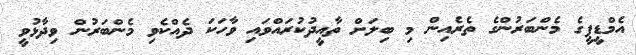
އެމްޑީޕީގެ މެންބަރުންގެ ތެރެއިން މި ބިލަށް ތާއީދުކުރައްވައި ވާހަކަ ދެއްކެވި މެންބަރުން ވިދާޅުވީ